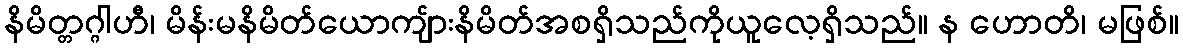
နိမိတ္တဂ္ဂါဟီ၊ မိန်းမနိမိတ်ယောကျ်ားနိမိတ်အစရှိသည်ကိုယူလေ့ရှိသည်။ န ဟောတိ၊ မဖြစ်။